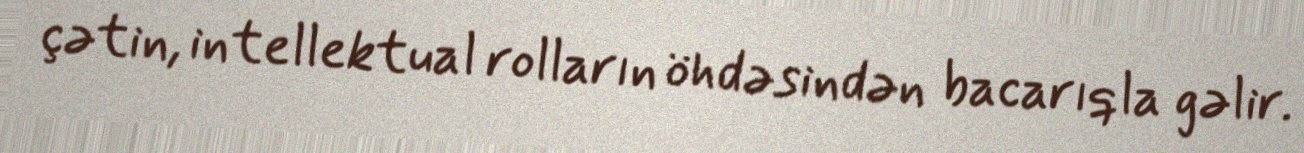
çətin, intellektual rolların öhdəsindən bacarıqla gəlir.